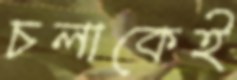
চলাকেই